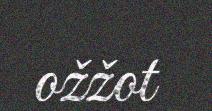
ožžot